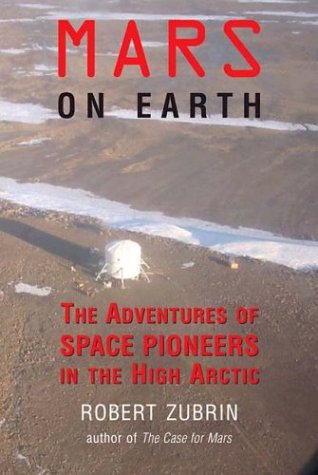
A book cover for Mars on Earth; Robert Zubrin; Science & Math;